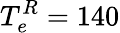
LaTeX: T_{e}^{R}=140